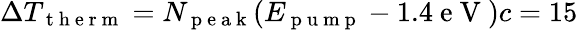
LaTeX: \Delta T_{\mathrm{~t~h~e~r~m~}}=N_{\mathrm{~p~e~a~k~}}(E_{\mathrm{~p~u~m~p~}}-1.4\mathrm{~e~V~})c=15